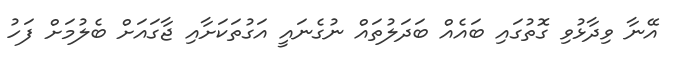
އޭނާ ވިދާޅުވި ގޮތުގައި ބައެއް ބަދަލުތައް ނުގެނައީ އަގުތަކަށާއި ޖާގައަށް ބެލުމަށް ފަހު